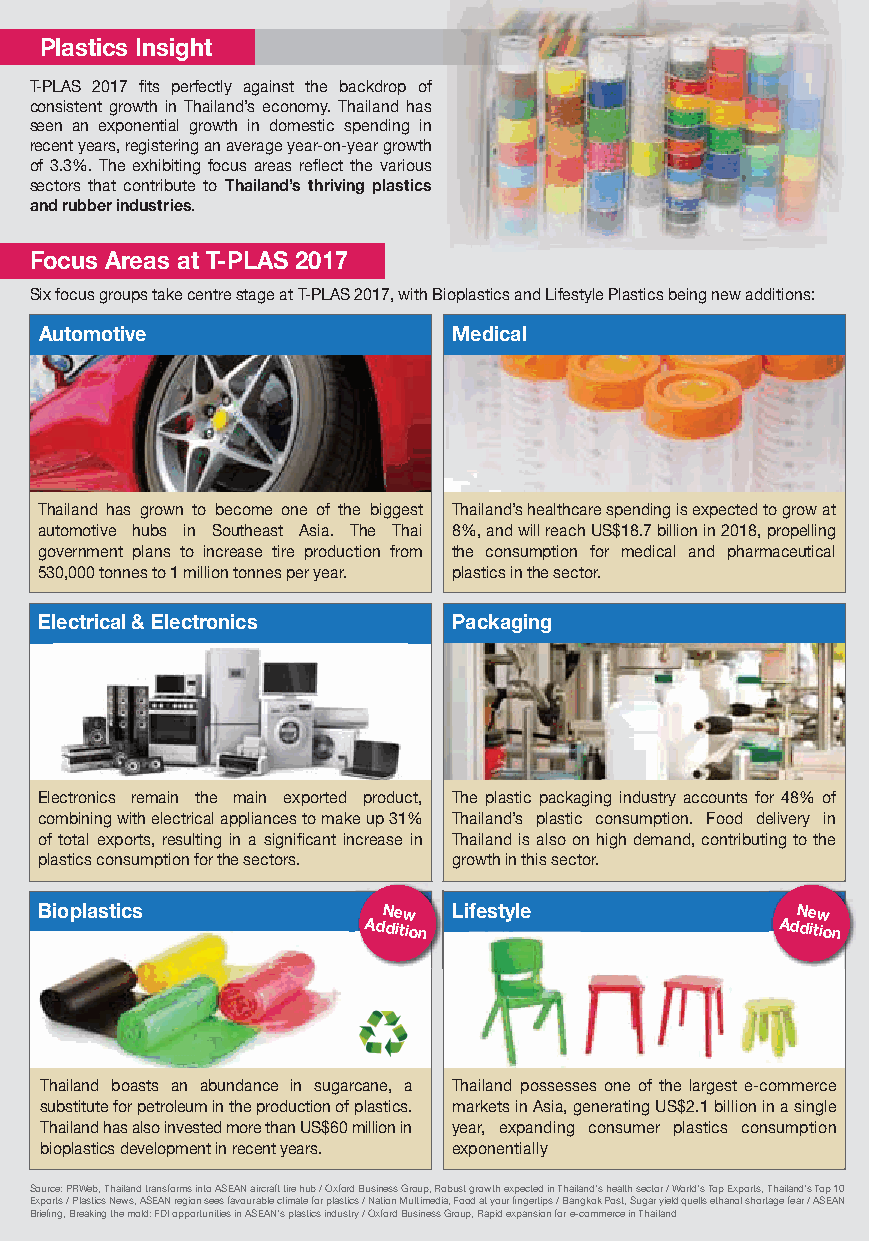
Plastics Insight
 T-PLAS 2017 fits perfectly against the backdrop of
 consistent growth in Thailand’s economy. Thailand has
 seen an exponential growth in domestic spending in
 recent years, registering an average year-on-year growth
 of 3.3%. The exhibiting focus areas reflect the various
 sectors that contribute to Thailand’s thriving plastics
 and rubber industries.
 Focus Areas at T-PLAS 2017
 Six focus groups take centre stage at T-PLAS 2017, with Bioplastics and Lifestyle Plastics being new additions:
 Automotive                 Medical
 Thailand has grown to become one of the biggest Thailand’s healthcare spending is expected to grow at
 automotive hubs in Southeast Asia. The Thai 8%, and will reach US$18.7 billion in 2018, propelling
 government plans to increase tire production from the consumption for medical and pharmaceutical
 530,000 tonnes to 1 million tonnes per year. plastics in the sector.
 Electrical & Electronics   Packaging
 Electronics remain the main exported product, The plastic packaging industry accounts for 48% of
 combining with electrical appliances to make up 31% Thailand’s plastic consumption. Food delivery in
 of total exports, resulting in a significant increase in Thailand is also on high demand, contributing to the
 plastics consumption for the sectors. growth in this sector.
 Bioplastics           New  Lifestyle              New
 Addition                   Addition
 Thailand boasts an abundance in sugarcane, a Thailand possesses one of the largest e-commerce
 substitute for petroleum in the production of plastics. markets in Asia, generating US$2.1 billion in a single
 Thailand has also invested more than US$60 million in year, expanding consumer plastics consumption
 bioplastics development in recent years. exponentially
 Source: PRWeb, Thailand transforms into ASEAN aircraft tire hub / Oxford Business Group, Robust growth expected in Thailand's health sector / World's Top Exports, Thailand's Top 10
 Exports / Plastics News, ASEAN region sees favourable climate for plastics / Nation Multimedia, Food at your fingertips / Bangkok Post, Sugar yield quells ethanol shortage fear / ASEAN
 Briefing, Breaking the mold: FDI opportunities in ASEAN's plastics industry / Oxford Business Group, Rapid expansion for e-commerce in Thailand